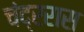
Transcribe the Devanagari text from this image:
चंद्ररास